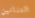
التنانين